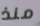
منذ